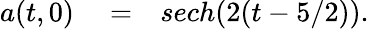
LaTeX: \begin{array}{rlr}{a(t,0)}&{{}=}&{sech(2(t-5/2)).}\end{array}